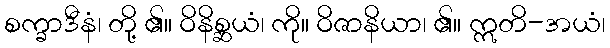
စက္ခာဒီနံ၊ တို့ ၏။ ဝိနိစ္ဆယံ၊ ကို။ ဝိဇာနိယာ၊ ၏။ ဣတိ-အယံ၊